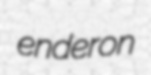
enderon